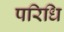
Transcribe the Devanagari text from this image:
परिधि